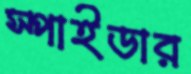
স্পাইডার